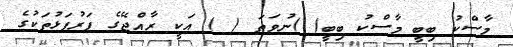
މާސްކު ބިބީ މާސްކު ބިބީ( )ނުވަތަ ( ) އަކީ ރާއްޖޭގެ ފަރުފަޅުތަކުގެ